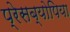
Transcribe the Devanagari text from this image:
प्रेसब्योपिया